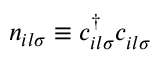
n _ { i l \sigma } \equiv c _ { i l \sigma } ^ { \dagger } c _ { i l \sigma } ^ { \vphantom { \dagger } }